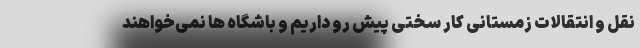
نقل و انتقالات زمستانی کار سختی پیش رو داریم و باشگاه ها نمی‌خواهند